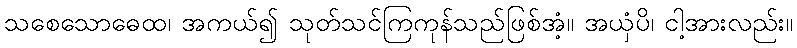
သစေသောဓေထ၊ အကယ်၍ သုတ်သင်ကြကုန်သည်ဖြစ်အံ့။ အယှံပိ၊ ငါ့အားလည်း။